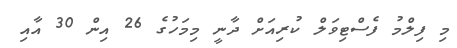
މި ފިލްމު ފެސްޓިވަލް ކުރިއަށް ދާނީ މިމަހުގެ 26 އިން 30 އާއި